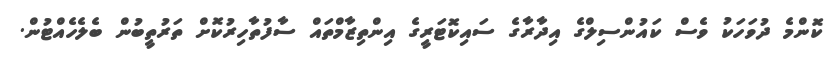
ކޮންމެ ދުވަހަކު ވެސް ކައުންސިލްގެ އިދާރާގެ ސައިކޮޓަރީގެ އިންތިޒާމްތައް ސާފުތާހިރުކޮށް ތަރުތީބުން ބެލެހެއްޓުން.